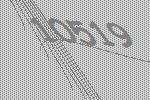
10519